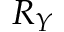
R _ { Y }